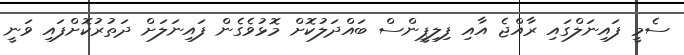
ސެމީ ފައިނަލްގައި ރާއްޖެ އާއި ފިލިޕީންސް ބައްދަލުކޮށް މޮޅުވެގެން ފައިނަލަށް ދަތުރުކޮށްފައި ވަނީ